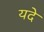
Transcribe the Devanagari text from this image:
यदे